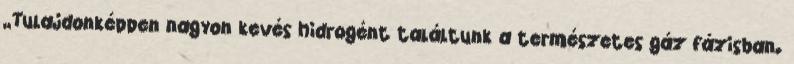
„Tulajdonképpen nagyon kevés hidrogént találtunk a természetes gáz fázisban.